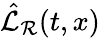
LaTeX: \hat{\mathcal{L}}_{\mathcal{R}}(t,x)